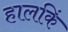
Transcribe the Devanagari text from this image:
हालकिं